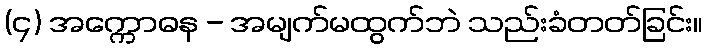
(၄) အက္ကောဓန - အမျက်မထွက်ဘဲ သည်းခံတတ်ခြင်း။